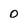
Character: o